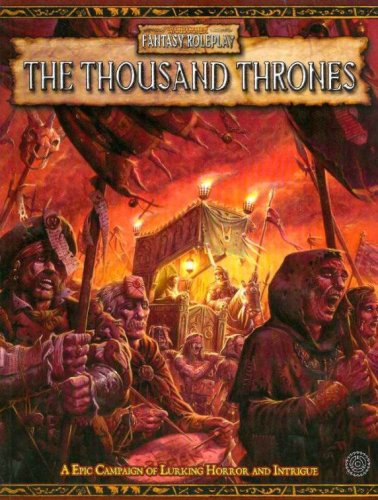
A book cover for Warhammer RPG Thousand Thrones (Warhammer Fantasy Roleplay); Fantasy Flight Games; Science Fiction & Fantasy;